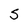
Character: S